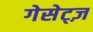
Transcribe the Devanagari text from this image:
गेसेट्ज़